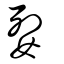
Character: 姴